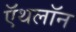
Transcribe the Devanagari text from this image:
ऍथलॉन